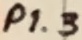
Text: P1.3